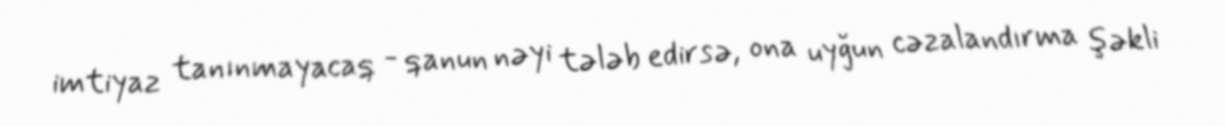
imtiyaz tanınmayacaq - qanun nəyi tələb edirsə, ona uyğun cəzalandırma şəkli